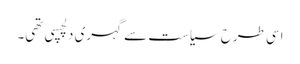
اسی طرح سیاست سے گہری دلچسپی تھی۔